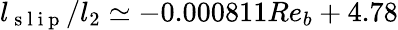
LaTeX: l_{\mathrm{~s~l~i~p~}}/l_{2}\simeq-0.000811Re_{b}+4.78